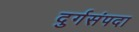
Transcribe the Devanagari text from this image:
दुर्गसंपदा